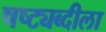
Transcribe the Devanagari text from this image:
षष्ट्यब्दीला